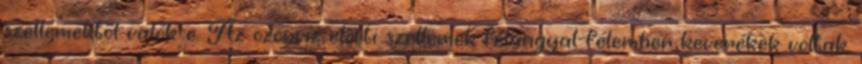
szellemektől valók-e. Az özönvíz előtti szellemek félangyal-félember keverékek voltak,